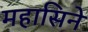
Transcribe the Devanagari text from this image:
महासिने